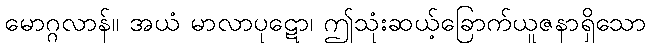
မောဂ္ဂလာန်။ အယံ မာလာပုဋော၊ ဤသုံးဆယ့်ခြောက်ယူဇနာရှိသော